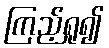
ကြည့်ရှု၍